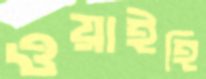
ওয়াইহি